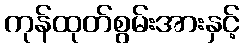
ကုန်ထုတ်စွမ်းအားနှင့်